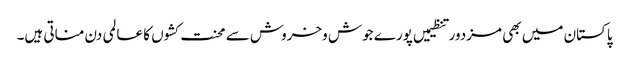
پاکستان میں بھی مزدور تنظیمیں پورے جوش وخروش سے محنت کشوں کا عالمی دن مناتی ہیں۔